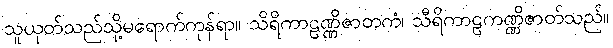
သူယုတ်သည်သို့မရောက်ကုန်ရာ။ သိရိကာဠဏ္ဏိဇာတကံ၊ သီရိကာဠကဏ္ဏိဇာတ်သည်။